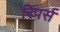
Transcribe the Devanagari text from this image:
रिपर्स